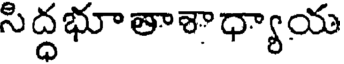
సిద్ధభూతాశాధ్యాయ